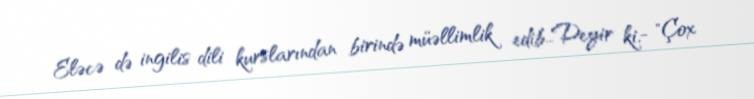
Eləcə də ingilis dili kurslarından birində müəllimlik edib…Deyir ki,- "Çox